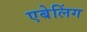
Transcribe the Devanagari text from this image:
एबेलिंग